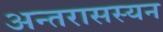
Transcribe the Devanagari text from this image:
अन्तरासस्यन